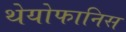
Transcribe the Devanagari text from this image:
थेयोफानिस